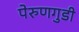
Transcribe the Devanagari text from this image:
पेरुणगुडी